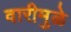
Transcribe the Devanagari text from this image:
वारीमुळे